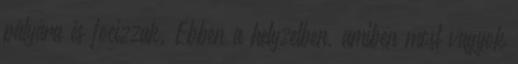
pályára és focizzak. Ebben a helyzetben, amiben most vagyok